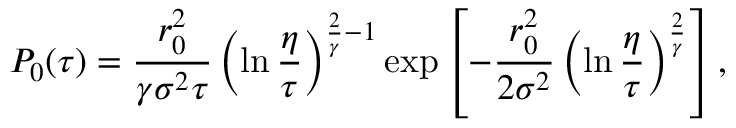
P _ { 0 } ( \tau ) = \frac { r _ { 0 } ^ { 2 } } { \gamma \sigma ^ { 2 } \tau } \left( \ln \frac { \eta } { \tau } \right) ^ { \frac { 2 } { \gamma } - 1 } \exp \left[ - \frac { r _ { 0 } ^ { 2 } } { 2 \sigma ^ { 2 } } \left( \ln \frac { \eta } { \tau } \right) ^ { \frac { 2 } { \gamma } } \right] ,